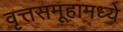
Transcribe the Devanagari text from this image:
वृत्तसमूहामध्ये